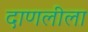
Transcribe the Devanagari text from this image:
दाणलीला